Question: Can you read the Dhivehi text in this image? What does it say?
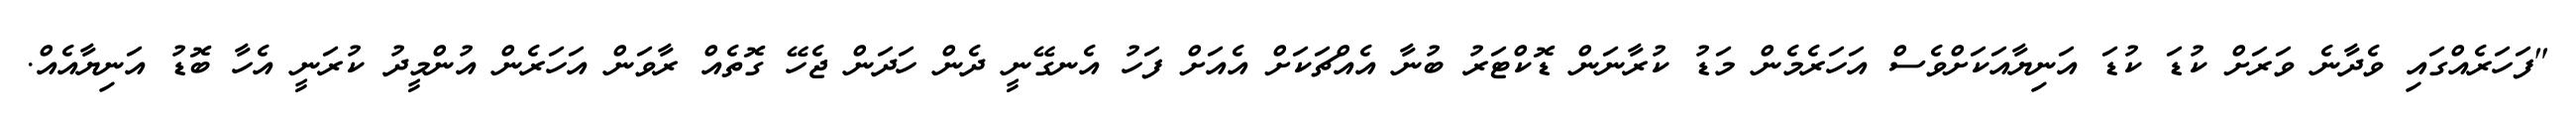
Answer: "ފަހަރެއްގައި ވެދާނެ ވަރަށް ކުޑަ ކުޑަ އަނިޔާއަކަށްވެސް އަހަރެމެން މަޑު ކުރާނަން ޑޮކްޓަރު ބުނާ އެއްޗަކަށް އެއަށް ފަހު އެނގޭނީ ދެން ހަދަން ޖެހޭ ގޮތެއް ރާވަން އަހަރެން އުންމީދު ކުރަނީ އެހާ ބޮޑު އަނިޔާއެއް.